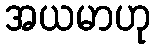
အယမာဟု